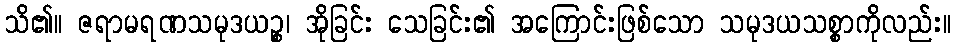
သိ၏။ ဇရာမရဏသမုဒယဉ္စ၊ အိုခြင်း သေခြင်း၏ အကြောင်းဖြစ်သော သမုဒယသစ္စာကိုလည်း။